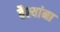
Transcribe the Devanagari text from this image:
वैश्यांना